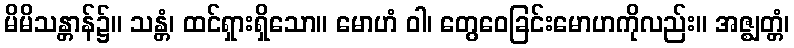
မိမိသန္တာန်၌။ သန္တံ၊ ထင်ရှားရှိသော။ မောဟံ ဝါ၊ တွေဝေခြင်းမောဟကိုလည်း။ အဇ္ဈတ္တံ၊